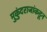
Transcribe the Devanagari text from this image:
मुकुंदराजांकडून